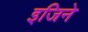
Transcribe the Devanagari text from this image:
इजिने